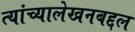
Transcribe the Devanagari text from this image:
त्यांच्यालेखनबद्दल